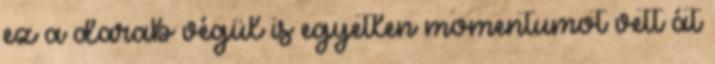
ez a darab végül is egyetlen momentumot vett át